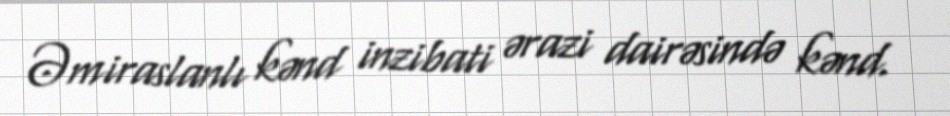
Əmiraslanlı kənd inzibati ərazi dairəsində kənd.